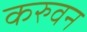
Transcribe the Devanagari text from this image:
करुवन